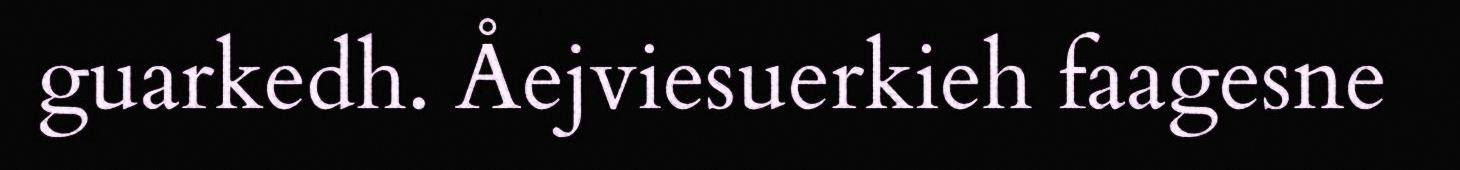
guarkedh. Åejviesuerkieh faagesne